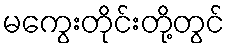
မကွေးတိုင်းတို့တွင်